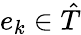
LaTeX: e_{k}\in{\hat{T}}